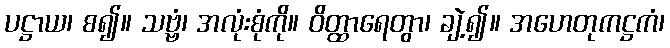
ပဋ္ဌာယ၊ စ၍။ သဗ္ဗံ၊ အလုံးစုံကို။ ဝိတ္ထာရေတွာ၊ ချဲ့၍။ အဟေတုကဋ္ဌကံ၊